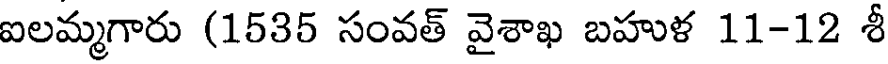
ఐలమ్మగారు (1535 సంవత్ వైశాఖ బహుళ 11-12 శీ